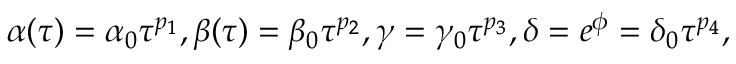
\alpha ( \tau ) = \alpha _ { 0 } \tau ^ { p _ { 1 } } , \beta ( \tau ) = \beta _ { 0 } \tau ^ { p _ { 2 } } , \gamma = \gamma _ { 0 } \tau ^ { p _ { 3 } } , \delta = e ^ { \phi } = \delta _ { 0 } \tau ^ { p _ { 4 } } ,